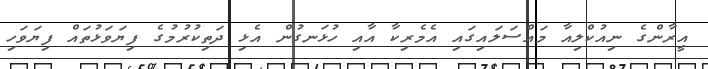
އީރާންގެ ނިއުކްލިއާ މައްސަލައިގައި އެމެރިކާ އާއި ހުޅަނގުން އެޅި ދަތިކުރުމުގެ ފިޔަވަޅުތައް ފިޔަވަހި